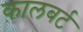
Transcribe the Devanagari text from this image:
कालबर्ट